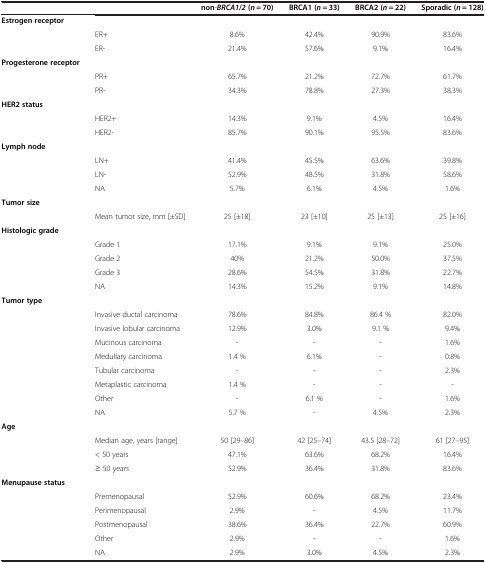
<table><thead><tr><td><b> </b></td><td><b> </b></td><td><b>non-<i>BRCA1</i>/<i>2 </i>(<i>n</i> = 70)</b></td><td><b>BRCA1 (<i>n</i> = 33)</b></td><td><b>BRCA2 (<i>n</i> = 22)</b></td><td><b>Sporadic (<i>n</i> = 128)</b></td></tr></thead><tbody><tr><td><b>Estrogen receptor</b></td><td> </td><td> </td><td> </td><td> </td><td> </td></tr><tr><td> </td><td>ER+</td><td>8.6%</td><td>42.4%</td><td>90.9%</td><td>83.6%</td></tr><tr><td> </td><td>ER-</td><td>21.4%</td><td>57.6%</td><td>9.1%</td><td>16.4%</td></tr><tr><td><b>Progesterone receptor</b></td><td> </td><td> </td><td> </td><td> </td><td> </td></tr><tr><td> </td><td>PR+</td><td>65.7%</td><td>21.2%</td><td>72.7%</td><td>61.7%</td></tr><tr><td> </td><td>PR-</td><td>34.3%</td><td>78.8%</td><td>27.3%</td><td>38.3%</td></tr><tr><td><b>HER2 status</b></td><td> </td><td> </td><td> </td><td> </td><td> </td></tr><tr><td> </td><td>HER2+</td><td>14.3%</td><td>9.1%</td><td>4.5%</td><td>16.4%</td></tr><tr><td> </td><td>HER2-</td><td>85.7%</td><td>90.1%</td><td>95.5%</td><td>83.6%</td></tr><tr><td><b>Lymph node</b></td><td> </td><td> </td><td> </td><td> </td><td> </td></tr><tr><td> </td><td>LN+</td><td>41.4%</td><td>45.5%</td><td>63.6%</td><td>39.8%</td></tr><tr><td> </td><td>LN-</td><td>52.9%</td><td>48.5%</td><td>31.8%</td><td>58.6%</td></tr><tr><td> </td><td>NA</td><td>5.7%</td><td>6.1%</td><td>4.5%</td><td>1.6%</td></tr><tr><td><b>Tumor size</b></td><td> </td><td> </td><td> </td><td> </td><td> </td></tr><tr><td> </td><td>Mean tumor size, mm [±SD]</td><td>25 [±18]</td><td>23 [±10]</td><td>25 [±13]</td><td>25 [±16]</td></tr><tr><td><b>Histologic grade</b></td><td> </td><td> </td><td> </td><td> </td><td> </td></tr><tr><td> </td><td>Grade 1</td><td>17.1%</td><td>9.1%</td><td>9.1%</td><td>25.0%</td></tr><tr><td> </td><td>Grade 2</td><td>40%</td><td>21.2%</td><td>50.0%</td><td>37.5%</td></tr><tr><td> </td><td>Grade 3</td><td>28.6%</td><td>54.5%</td><td>31.8%</td><td>22.7%</td></tr><tr><td> </td><td>NA</td><td>14.3%</td><td>15.2%</td><td>9.1%</td><td>14.8%</td></tr><tr><td><b>Tumor type</b></td><td> </td><td> </td><td> </td><td> </td><td> </td></tr><tr><td> </td><td>Invasive ductal carcinoma</td><td>78.6%</td><td>84.8%</td><td>86.4 %</td><td>82.0%</td></tr><tr><td> </td><td>Invasive lobular carcinoma</td><td>12.9%</td><td>3.0%</td><td>9.1 %</td><td>9.4%</td></tr><tr><td> </td><td>Mucinous carcinoma</td><td>-</td><td>-</td><td>-</td><td>1.6%</td></tr><tr><td> </td><td>Medullary carcinoma</td><td>1.4 %</td><td>6.1%</td><td>-</td><td>0.8%</td></tr><tr><td> </td><td>Tubular carcinoma</td><td>-</td><td>-</td><td>-</td><td>2.3%</td></tr><tr><td> </td><td>Metaplastic carcinoma</td><td>1.4 %</td><td>-</td><td>-</td><td>-</td></tr><tr><td> </td><td>Other</td><td>-</td><td>6.1 %</td><td>-</td><td>1.6%</td></tr><tr><td> </td><td>NA</td><td>5.7 %</td><td>-</td><td>4.5%</td><td>2.3%</td></tr><tr><td><b>Age</b></td><td> </td><td> </td><td> </td><td> </td><td> </td></tr><tr><td> </td><td>Median age, years [range]</td><td>50 [29–86]</td><td>42 [25–74]</td><td>43.5 [28–72]</td><td>61 [27–95]</td></tr><tr><td> </td><td>&lt; 50 years</td><td>47.1%</td><td>63.6%</td><td>68.2%</td><td>16.4%</td></tr><tr><td> </td><td>≥ 50 years</td><td>52.9%</td><td>36.4%</td><td>31.8%</td><td>83.6%</td></tr><tr><td><b>Menupause status</b></td><td> </td><td> </td><td> </td><td> </td><td> </td></tr><tr><td> </td><td>Premenopausal</td><td>52.9%</td><td>60.6%</td><td>68.2%</td><td>23.4%</td></tr><tr><td> </td><td>Perimenopausal</td><td>2.9%</td><td>-</td><td>4.5%</td><td>11.7%</td></tr><tr><td> </td><td>Postmenopausal</td><td>38.6%</td><td>36.4%</td><td>22.7%</td><td>60.9%</td></tr><tr><td> </td><td>Other</td><td>2.9%</td><td>-</td><td>-</td><td>1.6%</td></tr><tr><td> </td><td>NA</td><td>2.9%</td><td>3.0%</td><td>4.5%</td><td>2.3%</td></tr></tbody></table>